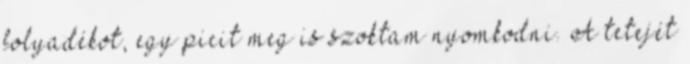
folyadékot, egy picit meg is szoktam nyomkodni. A tetejét